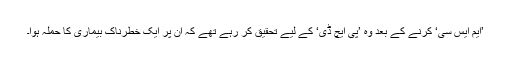
’ایم ایس سی‘ کرنے کے بعد وہ ’پی ایچ ڈی‘ کے لیے تحقیق کر رہے تھے کہ ان پر ایک خطرناک بیماری کا حملہ ہوا۔